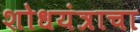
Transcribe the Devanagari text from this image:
शोधयंत्राचा